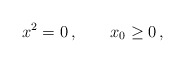
\begin{align*}x^2=0\,,\;\;\;\;\;\;\;x_0\geq 0\,,\end{align*}